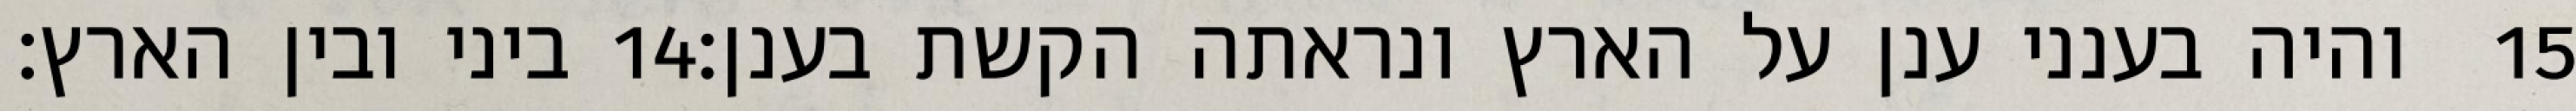
ביני ובין הארץ׃ ‎14‏ והיה בענני ענן על הארץ ונראתה הקשת בענן׃ ‎15‏